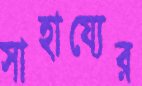
সাহায্যের